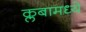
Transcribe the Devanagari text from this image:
क्लबामध्ये